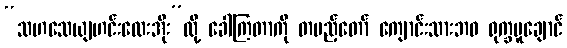
“သဟသေယျဟင်းလေးအိုး”လို့ ခေါ်ကြတာကို တပည့်တော် ကျောင်းသားဘဝ ရုက္ခမူချောင်